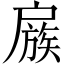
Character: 𢩜